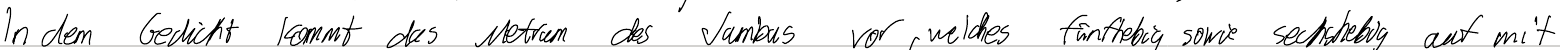
In dem Gedicht kommt das Metrum des Jambus vor, welches fünfhebig sowie sechshebig auf mit